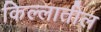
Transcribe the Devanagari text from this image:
किल्लातील